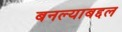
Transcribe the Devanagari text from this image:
बनल्याबद्दल